65_HS1-834228961_62-HQ-83894_Section_5
Agency: FBI
Page 204
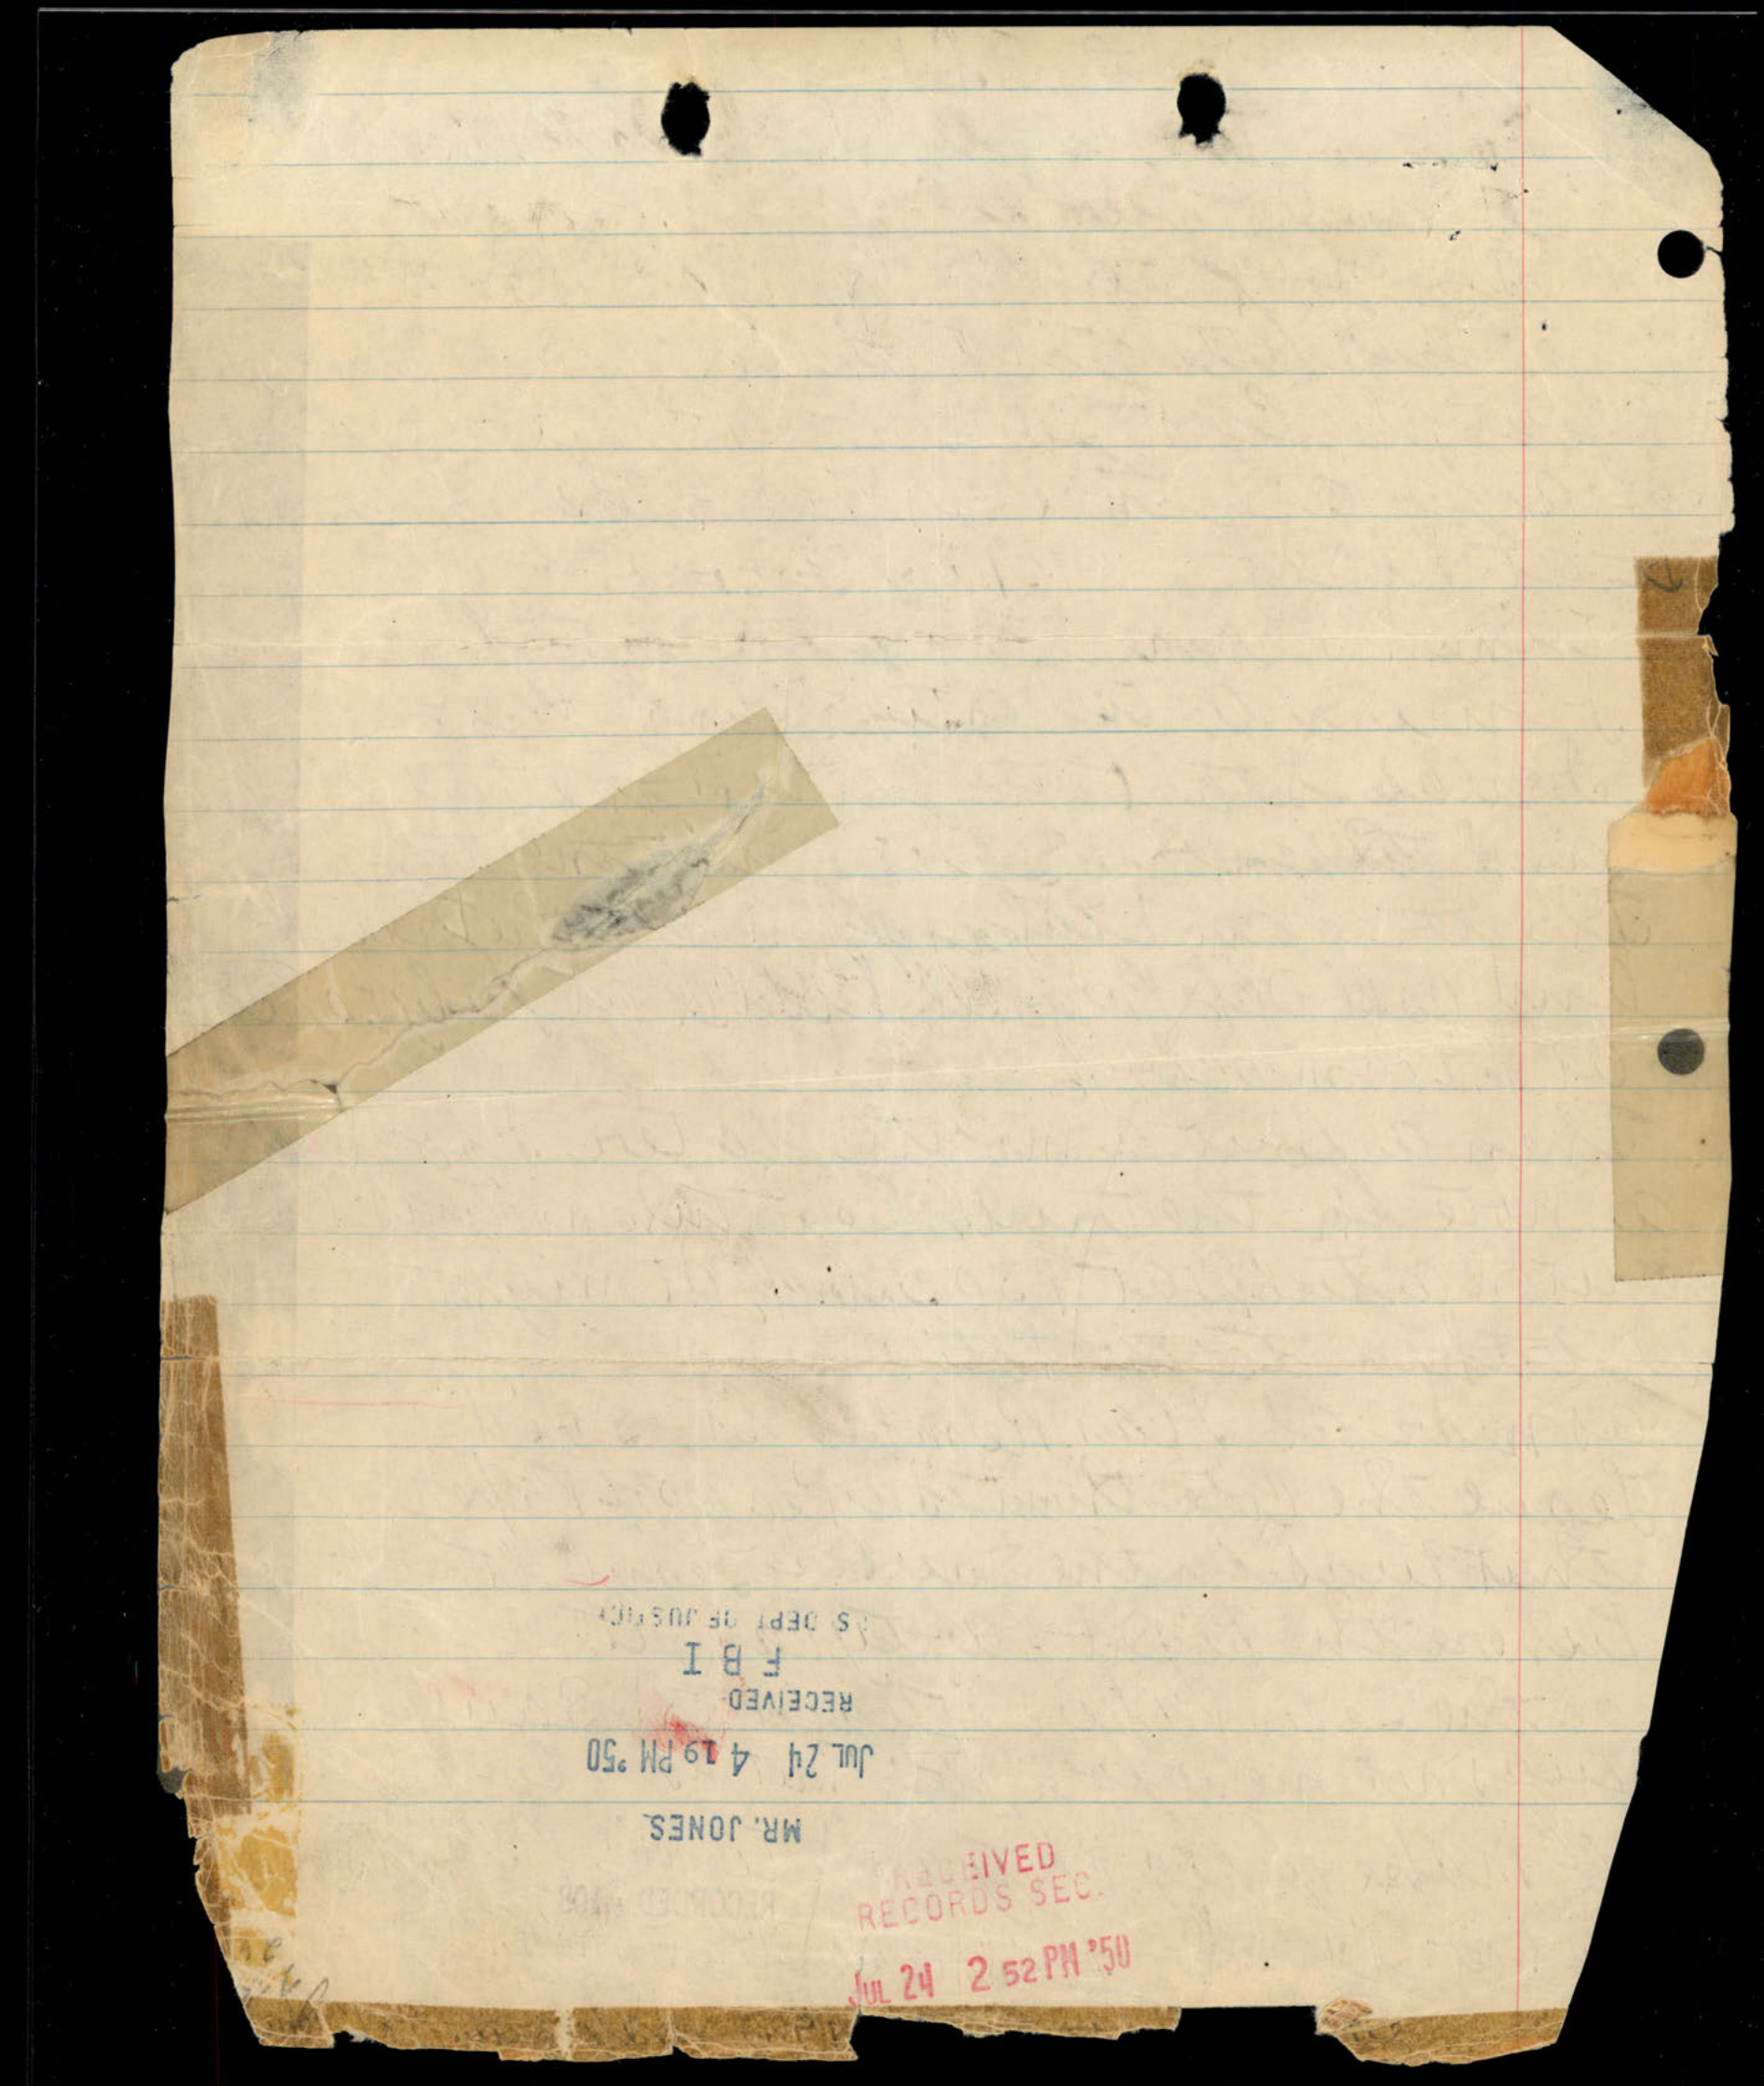